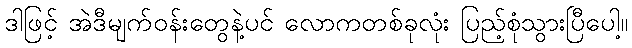
ဒါဖြင့် အဲဒီမျက်ဝန်းတွေနဲ့ပင် လောကတစ်ခုလုံး ပြည့်စုံသွားပြီပေါ့။